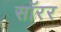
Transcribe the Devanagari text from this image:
सॉरर